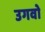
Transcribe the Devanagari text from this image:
उगवो